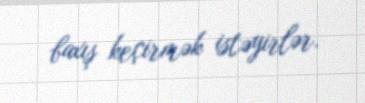
baxış keçirmək istəyirlər.